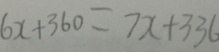
6 x + 3 6 0 = 7 x + 3 3 6